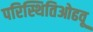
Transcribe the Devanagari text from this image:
परिस्थितिओढवू